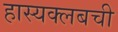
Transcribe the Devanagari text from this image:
हास्यक्लबची